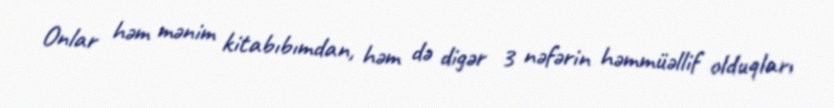
Onlar həm mənim kitabıbımdan, həm də digər 3 nəfərin həmmüəllif olduqları